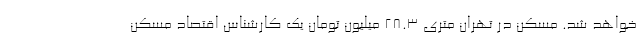
خواهد شد. مسکن در تهران متری ۲۸.۳ میلیون تومان یک کارشناس اقتصاد مسکن